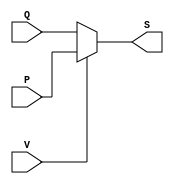
// mux 2-1
module MUX2_1(P,Q,V,S);
input [7:0]P,Q;
input V;
output[7:0] S;
assign S = V ? P : Q;
endmodule

// 8bit FAdder
module FAdder(X,Y,M,R);
input [7:0] X,Y;
input M;
output [7:0] R;

assign R = M ? X - Y : X + Y;
endmodule

//Register
module Register(S,LSHL,s0,CLK,Clr,T);
input s0;
input CLK,Clr,LSHL;
input [7:0] S;
output [7:0] T;
reg [7:0] T;

always @ (posedge CLK or negedge Clr)
    if(~Clr) T = 8'b00000000;
    else 
    case({s0})
    1'b1: T = {T[6:0],LSHL}; //shift left
    1'b0: T = S;  //parallel load
    endcase
 endmodule
 
 //T flip-flop
 module TFF(t,CLK,Q,Clr);
 input t,CLK,Clr;
 output Q;
 reg Q;
 always @ (posedge CLK or negedge Clr)
 if(~Clr) Q =1'b0;
    else Q =Q^t;
endmodule
//******************************************
//ALL
module All(A,B,C,CLK,Clr,LSHL,V0,V1,M,s0,T);
input [7:0] A,B,C;
input CLK,Clr,LSHL,V0,V1,M,s0;
output [7:0]T;
wire [7:0] Out1,Out2,S;
MUX2_1 M1(A,T,V0,Out1);
MUX2_1 M2(B,C,V1,Out2);
FAdder FA(Out1,Out2,M,S);
Register REG(S,LSHL,s0,CLK,Clr,T);
endmodule
//*******************
//Final
module Final(A,B,C,E,CLK,Clr,LSHL,T);
input [7:0] A,B,C;
input E,CLK,Clr,LSHL;
output [7:0] T;
count CONTER(E,CLK,Clr,M,s0,V);
All All_final(A,B,C,CLK,Clr,LSHL,V,V,M,s0,T);
endmodule

//Final testbanch
module Final_testbanch();
reg [7:0] A,B,C;
reg E,CLK,Clr,LSHL;
wire [7:0] T;
Final question2(A,B,C,E,CLK,Clr,LSHL,T);
initial
	begin
	E=0; Clr = 0; LSHL = 0;CLK =0;//2*(A+B-C)
	#50 Clr = 1; 
	A=8'b00000010;
  	B=8'b00000100;
  	C=8'b00000011; 
	 #600 Clr=0;
	 #50 Clr=1;
	 
	 E=1; //2*(A-B+C)    
	A=8'b00000010;
  	B=8'b00000100;
  	C=8'b00000011; 
	
	end
	always
	#50 CLK = ~CLK;
endmodule
//******************************
//counter
module count(E,CLK,Clr,M,s0,V);
input E,CLK,Clr;
output M,s0,V;
TFF ff3(t1,CLK,Q1,Clr);
TFF ff4(t2,CLK,Q2,Clr);
assign t1 = Q1||Q2;
assign t2 = ~Q1;
assign s0 = Q1;
assign V = ~Q2;
assign M = E^Q2;
endmodule

//test counter
module counter_test();
reg E,CLK,Clr;
wire M,s0,V;
count counter(E,CLK,Clr,M,s0,V);
initial
begin
E=1; CLK=0; Clr=0;
#100 Clr = 1;
end
always
  #50 CLK =~CLK;
endmodule